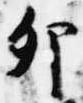
卯